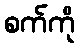
စက်ကို